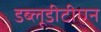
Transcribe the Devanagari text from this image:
डब्लूडीटीएन